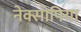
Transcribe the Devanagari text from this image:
नेक्सोपिया